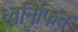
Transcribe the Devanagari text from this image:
ध्वनिफित